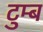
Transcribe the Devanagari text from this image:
टुम्ब